65_HS1-834228961_62-HQ-83894_Section_6
Agency: FBI
Page 182
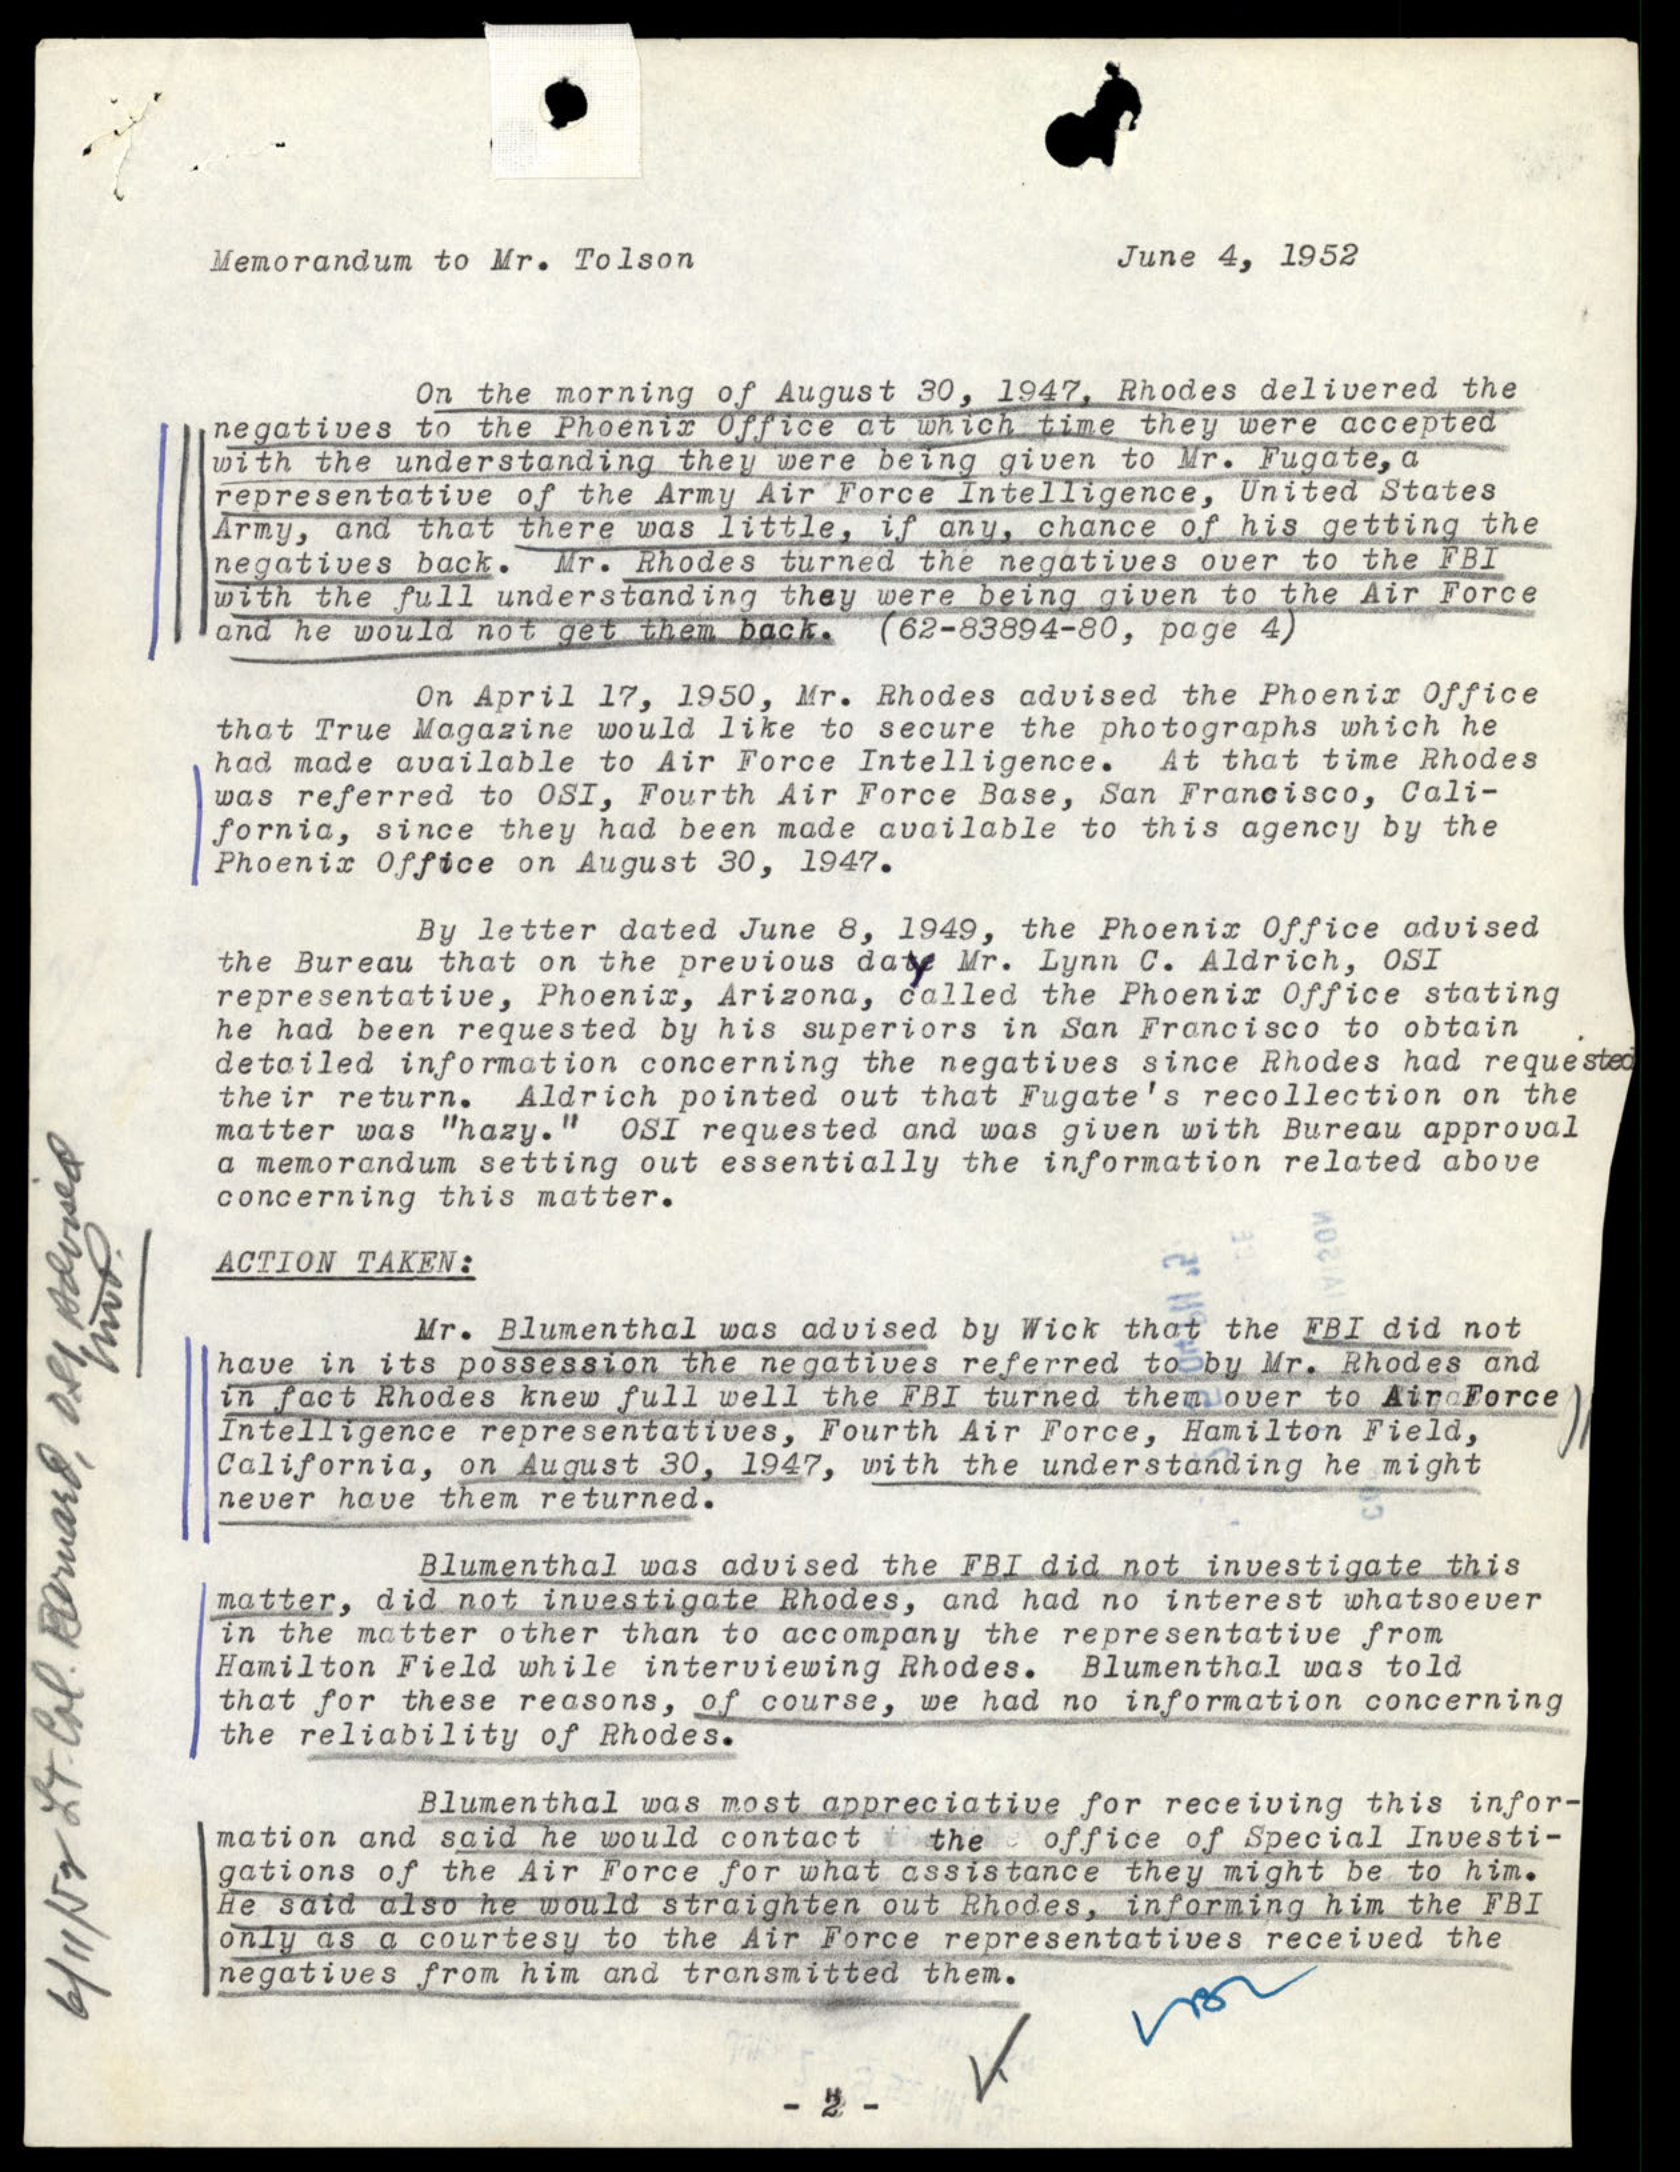